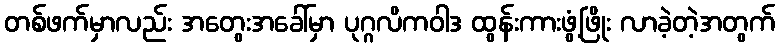
တစ်ဖက်မှာလည်း အတွေးအခေါ်မှာ ပုဂ္ဂလိကဝါဒ ထွန်းကားဖွံ့ဖြိုး လာခဲ့တဲ့အတွက်